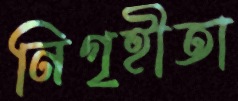
নিগৃহীতা